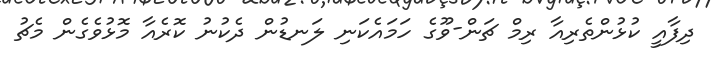
ދިފާއީ ކުޅުންތެރިއާ ރިމް ޗަން-ވޫގެ ހަމައެކަނި ލަނޑުން ދެކުނު ކޮރެއާ މޮޅުވެގެން މެޗު